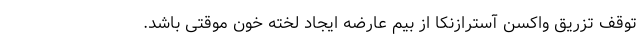
توقف تزریق واکسن آسترازنکا از بیم عارضه ایجاد لخته خون موقتی باشد.